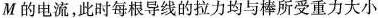
M的电流，此时每根导线的拉力均与棒所受重力大小